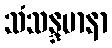
သံသန္ဒမာနာ